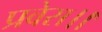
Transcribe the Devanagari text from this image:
प्रवेस।।